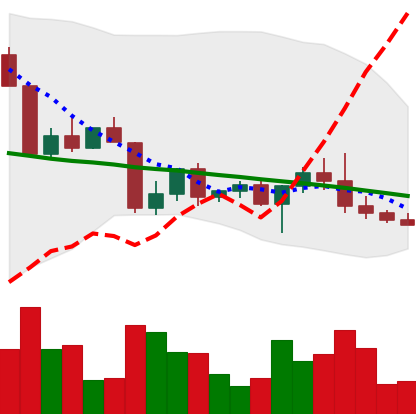
Ticker: ETH-USD
Chart end date: 2022-04-24
Forward return: -3.665%
Label: down_3_5